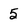
Character: 5